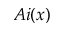
A i ( x )